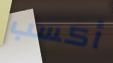
أكسب